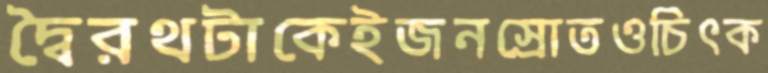
দ্বৈরথটাকেইজনস্রোতওচিৎক